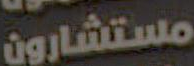
مستشارون